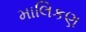
માલિકણ